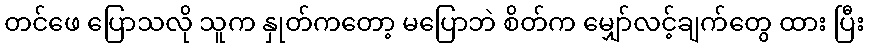
တင်ဖေ ပြောသလို သူက နှုတ်ကတော့ မပြောဘဲ စိတ်က မျှော်လင့်ချက်တွေ ထား ပြီး